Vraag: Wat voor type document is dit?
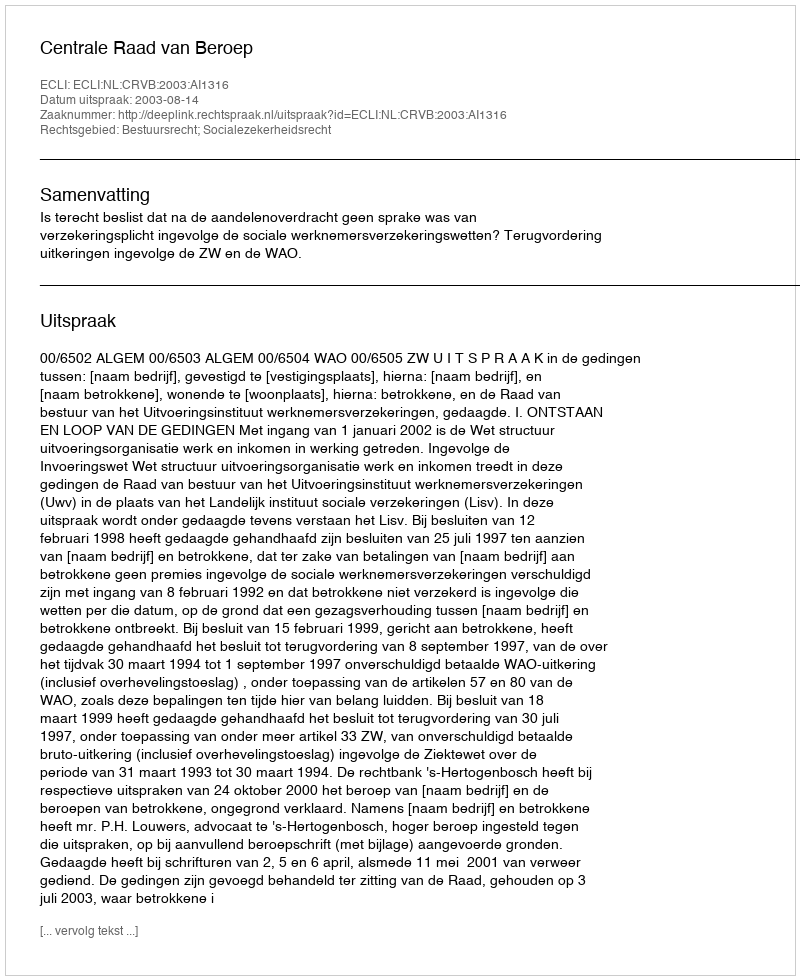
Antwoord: Uitspraak